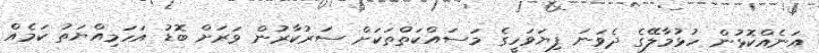
އަނެއްކޮޅުން ހުޅުމާލޭގެ ދެވަނަ ފިޔަވަހީގެ މަސައްކަތްތަކަށް ސަރުކާރުން ވަރަށް ބޮޑު އަހަމިއްޔަތު ކަމެއް